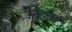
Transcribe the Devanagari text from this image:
जनार्दनसम